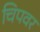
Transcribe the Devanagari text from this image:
चिपवर